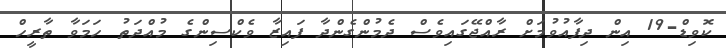
ކޮވިޑް-19 އިން ދިފާއުވުމަށް ރާއްޖޭގައިވެސް ދެމުންގެންދާ ފައިޒާ ވެކްސިންގެ މުއްދަތު ހަމަވާ ތާރީހް